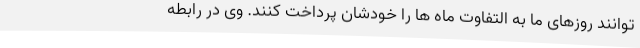
توانند روزهای ما به التفاوت ماه ها را خودشان پرداخت کنند. وی در رابطه